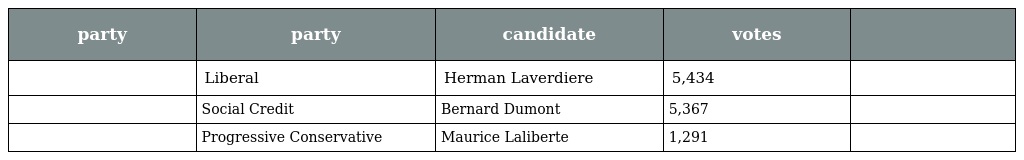
| party | party | candidate | votes |  |
 | --- | --- | --- | --- | --- |
 |  | Liberal | Herman Laverdiere | 5,434 |  |
 |  | Social Credit | Bernard Dumont | 5,367 |  |
 |  | Progressive Conservative | Maurice Laliberte | 1,291 |  |